Annual report of the Civil Veterinary Department, Bengal, for the year 1896-97 - 1896-1897
Year: 1896
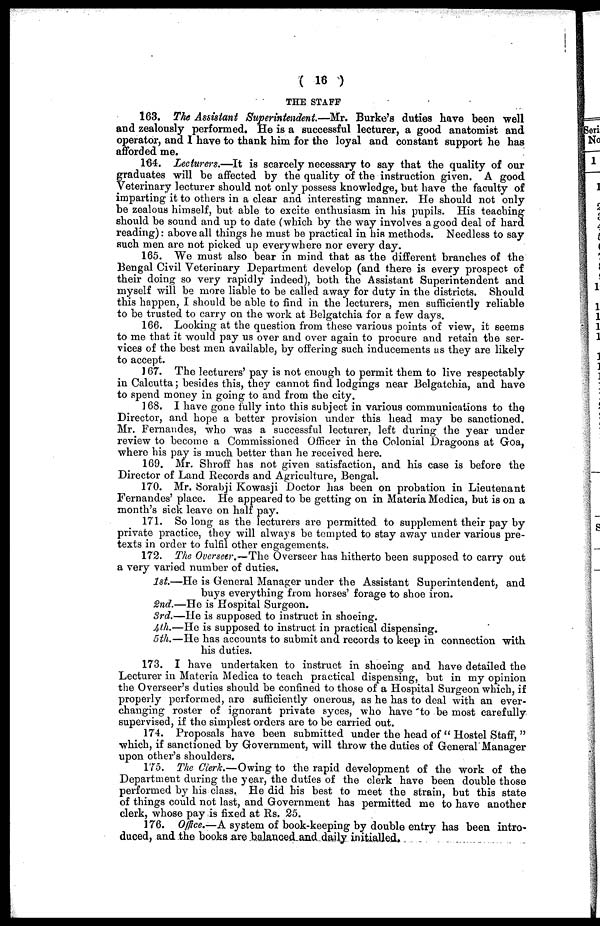
(16)
THE STAFF
163. The Assistant Superintendent.—Mr.
Burke's duties have been well
and zealously performed. He is a successful lecturer, a good anatomist and
operator, and 1 have to thank him for the loyal and constant support he has
afforded me.
164. Lecturers.—It is scarcely necessary to say that the quality of our
graduates will be affected by the quality of the instruction given. A good
Veterinary lecturer should not only possess knowledge, but have the faculty of
imparting it to others in a clear and interesting manner. He should not only
be zealous himself, but able to excite enthusiasm in his pupils. His teaching
should be sound and up to date (which by the way involves a good deal of hard
reading): above all things he must be practical in his methods. Needless to say
such men are not picked up everywhere nor every day.
165. We must also bear in mind that as the different branches of the
Bengal Civil Veterinary Department develop (and there is every prospect of
their doing so very rapidly indeed), both the Assistant Superintendent and
myself will be more liable to be called away for duty in the districts. Should
this happen, I should be able to find in the lecturers, men sufficiently reliable
to be trusted to carry on the work at Belgatchia for a few days.
166. Looking at the question from these various points of view, it seems
to me that it would pay us over and over again to procure and retain the ser-
vices of the best men available, by offering such inducements as they are likely
to accept.
167. The lecturers' pay is not enough to permit them to live respectably
in Calcutta; besides this, they cannot find lodgings near Belgatchia, and have
to spend money in going to and from the city.
168. I have gone fully into this subject in various communications to the
Director, and hope a better provision under this head may bo sanctioned.
Mr. Fernandes, who was a successful lecturer, left during the year under
review to become a Commissioned Officer in the Colonial Dragoons at Goa,
where his pay is much better than he received here.
169. Mr. Shroff has not given satisfaction, and his case is before the
Director of Land Records and Agriculture, Bengal.
170. Mr. Sorabji Kowasji Doctor has been on probation in Lieutenant
Fernandes' place. He appeared to be getting on in Materia Medica, but is on a
month's sick leave on half pay.
171. So long as the lecturers are permitted to supplement their pay by
private practice, they will always be tempted to stay away under various pre-
texts in order to fulfil other engagements.
172. The Overseer.—The Overseer has hitherto been supposed to carry out
a very varied number of duties.
1st.—He is General Manager under the Assistant Superintendent, and
buys everything from horses' forage to shoe iron.
2nd.—He is Hospital Surgeon.
3rd.—He is supposed to instruct in shoeing.
4th.—He is supposed to instruct in practical dispensing.
5th.—He has accounts to submit and records to keep in connection with
his duties.
173. I have undertaken to instruct in shoeing and have detailed the
Lecturer in Materia Medica to teach practical dispensing, but in my opinion
the Overseer's duties should be confined to those of a Hospital Surgeon which, if
properly performed, are sufficiently onerous, as he has to deal with an ever-
changing roster of ignorant private syces, who have to be most carefully
supervised, if the simplest orders are to be carried out.
174. Proposals have been submitted under the head of "Hostel Staff, "
which, if sanctioned by Government, will throw the duties of General Manager
upon other's shoulders.
175. The Clerk.—Owing to the rapid development of the work of the
Department during the year, the duties of the clerk have been double those
performed by his class. He did his best to meet the strain, but this state
of things could not last, and Government has permitted me to have another
clerk, whose pay is fixed at Rs. 25.
176. Office.—A system of book-keeping by double entry has been intro-
duced, and the books are balanced and daily initialled.